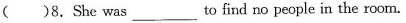
()8.She was ___ to find no people in the room.